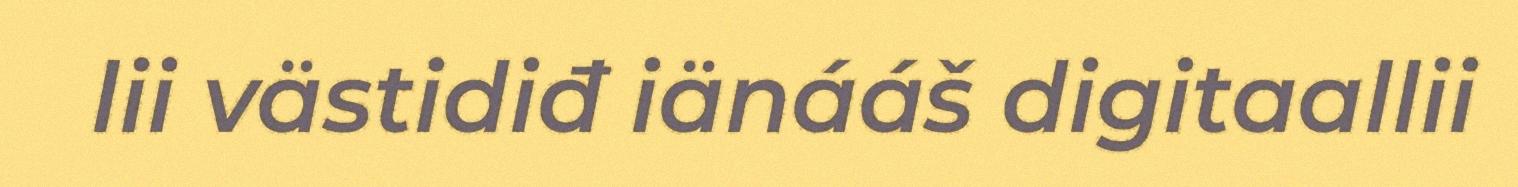
lii västidiđ iänááš digitaallii